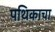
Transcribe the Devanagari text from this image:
पथिकाचा